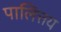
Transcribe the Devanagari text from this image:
पालित्तय